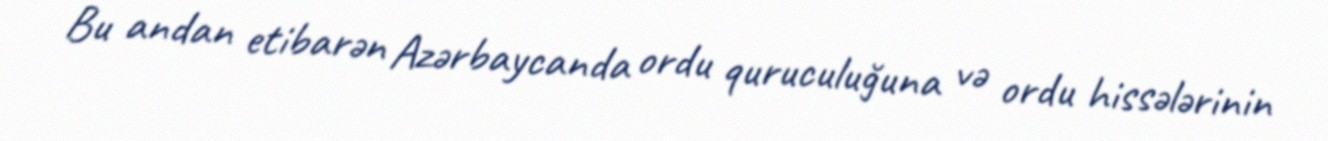
Bu andan etibarən Azərbaycanda ordu quruculuğuna və ordu hissələrinin